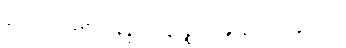
၃၉၈။ ဆေတွာ နဒ္ဓိံ ဝရတ္တဉ္စ၊ သန္ဒာနံ သဟနုက္ကမံ။